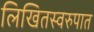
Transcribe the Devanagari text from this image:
लिखितस्वरुपात